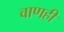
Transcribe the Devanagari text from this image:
वाणही